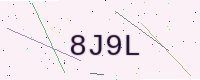
Text: 8J9L